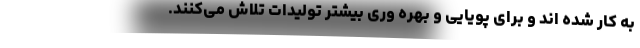
به کار شده­ اند و برای پویایی و بهره­ وری بیشتر تولیدات تلاش می­کنند.